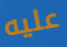
عليه